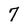
Character: 7